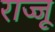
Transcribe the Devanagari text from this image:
राज्जू